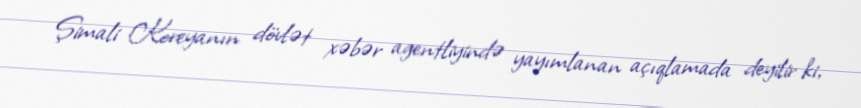
Şimali Koreyanın dövlət xəbər agentliyində yayımlanan açıqlamada deyilir ki,